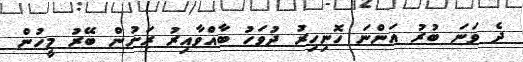
ދެ ވަނަ ބުރު އަންނަ ހޮނިހިރު ދުވަހު ބާއްވާއިރު ރަށުން ބޭރު މީހުން